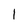
Character: 1